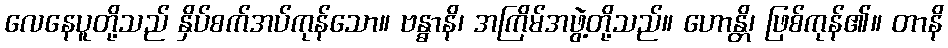
လေနေပူတို့သည် နှိပ်စက်အပ်ကုန်သော။ ဗန္ဓာနိ၊ အကြိမ်အဖွဲ့တို့သည်။ ဟောန္တိ၊ ဖြစ်ကုန်၏။ တာနိ